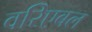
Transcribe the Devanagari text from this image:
वरिएबल